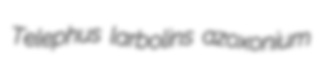
Telephus larbolins azoxonium